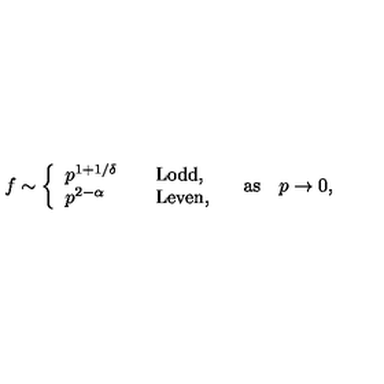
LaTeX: f \sim \left\{ \begin{array} { l l } { p ^ { 1 + 1 / \delta } } & { \quad \mathrm { L o d d } , } \\ { p ^ { 2 - \alpha } } & { \quad \mathrm { L e v e n } , } \\ \end{array} \right. \quad \mathrm { a s } \quad p \to 0 ,